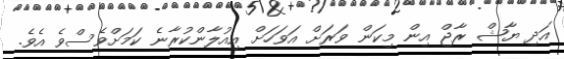
އަދި ޔާޝް ރާޖް އިން މިކަން ވަރަށް އަވަހަށް އިއުލާންކުރާނެ ކަމަށްވެސްވެ އެވެ.